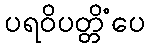
ပရဝိပတ္တိံပေ